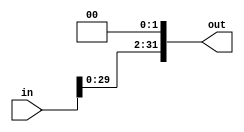
module shift_L2 #(parameter in_bit = 32 , out_bit=32)(
  input [in_bit-1 : 0] in , 
  output [out_bit-1 : 0] out 
    );
    
    assign out = in << 2 ;
endmodule